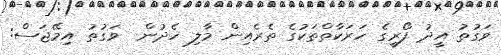
ވަގުތު އީދު ފޯރީގެ ހަރަކާތްތަކުގެ ތެރެއިން މާލި ހެދުން  ވަގުތު އިމޭޖަސް: